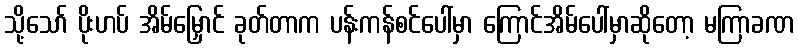
သို့သော် ပိုးဟပ် အိမ်မြှောင် ခုတ်တာက ပန်းကန်စင်ပေါ်မှာ ကြောင်အိမ်ပေါ်မှာဆိုတော့ မကြာခဏ